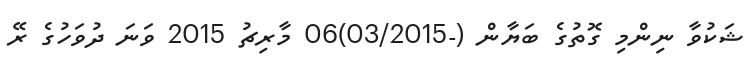
ޝަކުވާ ނިންމި ގޮތުގެ ބަޔާން (-03/2015)06 މާރިޗު 2015 ވަނަ ދުވަހުގެ ރޭ